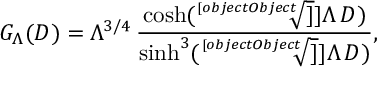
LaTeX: G _ { \Lambda } ( D ) = \Lambda ^ { 3 / 4 } \, \frac { \cosh ( \sqrt [ [object Object] ] ] { \Lambda } \, D ) } { \sinh ^ { 3 } ( \sqrt [ [object Object] ] ] { \Lambda } \, D ) } ,